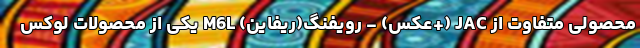
محصولی متفاوت از JAC (+عکس) - رویفنگ(ریفاین) M6L یکی از محصولات لوکس